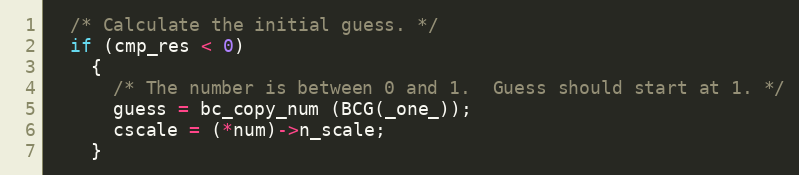
Language: C++
  /* Calculate the initial guess. */
  if (cmp_res < 0)
    {
      /* The number is between 0 and 1.  Guess should start at 1. */
      guess = bc_copy_num (BCG(_one_));
      cscale = (*num)->n_scale;
    }